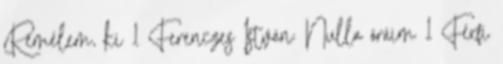
Remélem, ki 1 Ferenczes István: Nulla óráim 1 Férfi